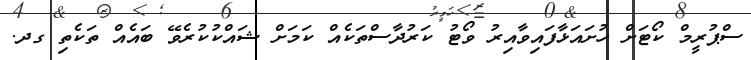
ސްޕުރީމް ކޯޓަށް ހުށައަޅާފައިވާއިރު ވޯޓު ކަރުދާސްތަކެއް ކަމަށް ޝައްކުކުރެވޭ ބައެއް ތަކެތި ގދ.